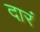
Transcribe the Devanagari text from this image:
दारं